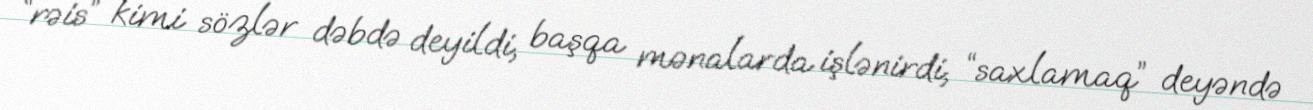
“rəis” kimi sözlər dəbdə deyildi, başqa mənalarda işlənirdi, “saxlamaq” deyəndə